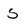
Character: s